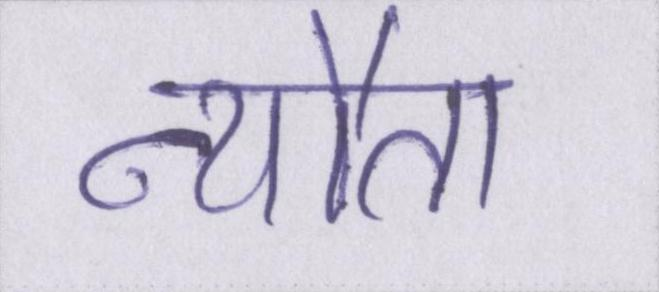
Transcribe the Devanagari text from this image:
न्यौता